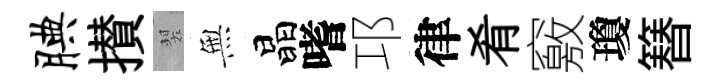
腆攅翠𭴾晶嗜邛律肴竅瓊簮